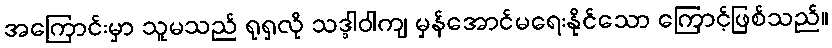
အကြောင်းမှာ သူမသည် ရုရှလို သဒ္ဒါဝါကျ မှန်အောင်မရေးနိုင်သော ကြောင့်ဖြစ်သည်။